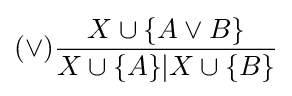
(\lor ){\frac {X\cup \{A\lor B\}}{X\cup \{A\}|X\cup \{B\}}}